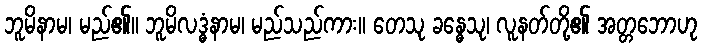
ဘူမိနာမ၊ မည်၏။ ဘူမိလဒ္ဓံနာမ၊ မည်သည်ကား။ တေသု ခန္ဓေသု၊ လူနတ်တို့၏ အတ္တဘောဟု